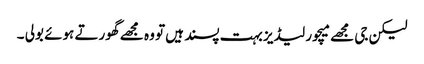
لیکن جی مجھے میچور لیڈیز بہت پسند ہیں تو وہ مجھے گھورتے ہوئے بولی ۔